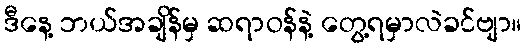
ဒီနေ့ ဘယ်အချိန်မှ ဆရာဝန်နဲ့ တွေ့ရမှာလဲခင်ဗျာ။